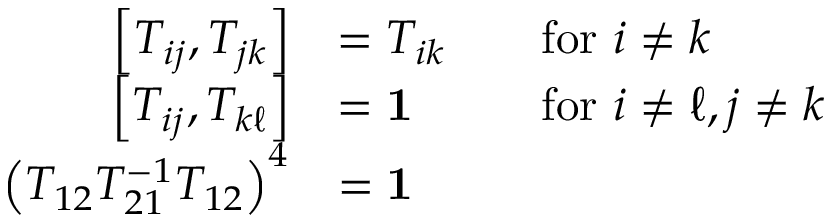
{ \begin{array} { r l r l } { \left[ T _ { i j } , T _ { j k } \right] } & { = T _ { i k } } & & { { \mathrm { f o r ~ } } i \neq k } \\ { \left[ T _ { i j } , T _ { k \ell } \right] } & { = \mathbf { 1 } } & & { { \mathrm { f o r ~ } } i \neq \ell , j \neq k } \\ { \left( T _ { 1 2 } T _ { 2 1 } ^ { - 1 } T _ { 1 2 } \right) ^ { 4 } } & { = \mathbf { 1 } } \end{array} }